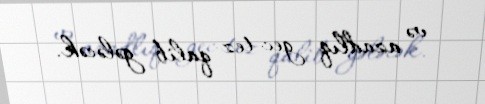
və azadlıq gec-tez qalib gələcək.